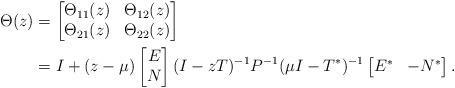
LaTeX: \begin{align*} \Theta(z)&=\begin{bmatrix}\Theta_{11}(z) & \Theta_{12}(z)\\\Theta_{21}(z) & \Theta_{22}(z)\end{bmatrix}\\&=I+(z-\mu)\begin{bmatrix}E \\ N\end{bmatrix}(I-zT)^{-1}P^{-1}(\mu I-T^*)^{-1}\begin{bmatrix}E^* & -N^*\end{bmatrix}.\end{align*}